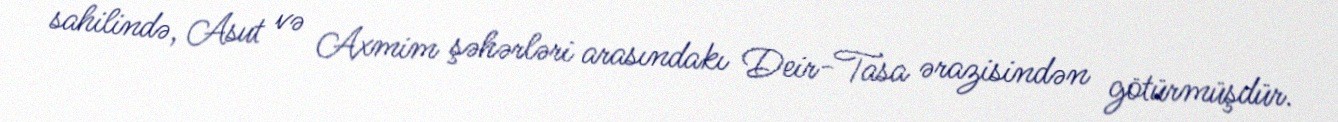
sahilində, Asut və Axmim şəhərləri arasındakı Deir-Tasa ərazisindən götürmüşdür.